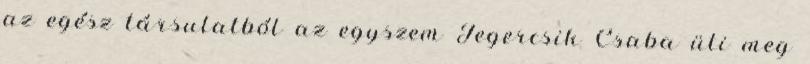
az egész társulatból az egyszem Jegercsik Csaba üti meg